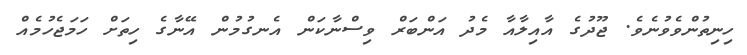
ހިނިތުންވެވުނެވެ. ޖޫދުގެ އާއިލާއާ މެދު އަންބަރް ވިސްނާކަން އެނގުމުން އޭނާގެ ހިތަށް ހަމަޖެހުމެއް